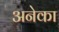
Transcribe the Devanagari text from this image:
अनेका